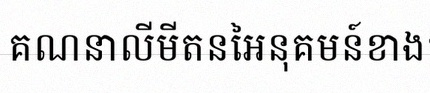
គណនាលីមីតនៃអនុគមន៍ខាងក្រោម